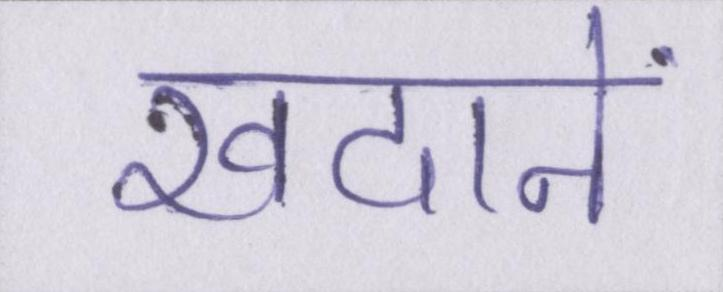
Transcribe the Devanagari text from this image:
खदानें